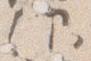
仰